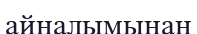
айналымынан